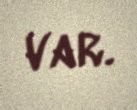
var.